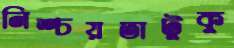
নিশ্চয়তাটুকু